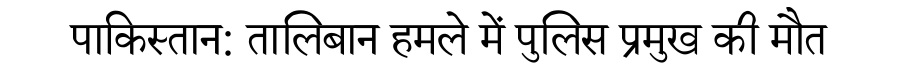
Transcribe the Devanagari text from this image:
पाकिस्तान: तालिबान हमले में पुलिस प्रमुख की मौत